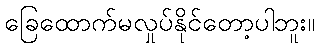
ခြေထောက်မလှုပ်နိုင်တော့ပါဘူး။